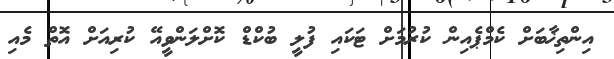
އިންތިޚާބަށް ކެމްޕެއިން ކުރުމަށް ޓަކައި ފުލީ ބުކްޑް ކޮށްލަންވީއޭ ކުރިއަށް އޮތް މެއި